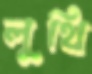
লুথি